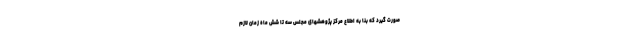
صورت گیرد که بنا به اطلاع مرکز پژوهشهای مجلس سه تا شش ماه زمان لازم